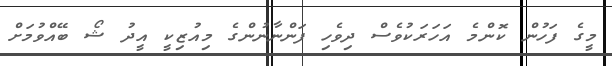
މީގެ ފަހުން ކޮންމެ އަހަރަކުވެސް ދިވެހި ފަންނާނުންގެ މިއުޒިކީ އީދު ޝޯ ބޭއްވުމަށް